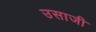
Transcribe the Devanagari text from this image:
उसाजी